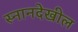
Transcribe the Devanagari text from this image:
स्नानदेखील